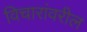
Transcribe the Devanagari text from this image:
विचारांवरील